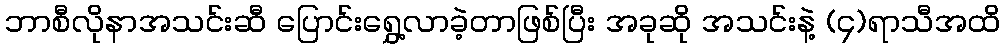
ဘာစီလိုနာအသင်းဆီ ပြောင်းရွှေ့လာခဲ့တာဖြစ်ပြီး အခုဆို အသင်းနဲ့ (၄)ရာသီအထိ